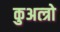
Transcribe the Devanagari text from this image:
कुअत्त्रो